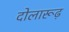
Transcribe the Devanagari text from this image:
दोलारूढ़